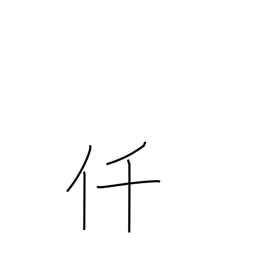
Meaning: thousand